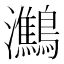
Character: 𪇶